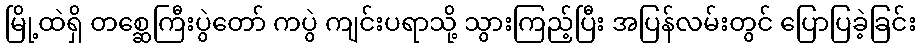
မြို့ထဲရှိ တစ္ဆေကြီးပွဲတော် ကပွဲ ကျင်းပရာသို့ သွားကြည့်ပြီး အပြန်လမ်းတွင် ပြောပြခဲ့ခြင်း